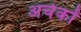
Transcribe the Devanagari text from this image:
अर्चकों